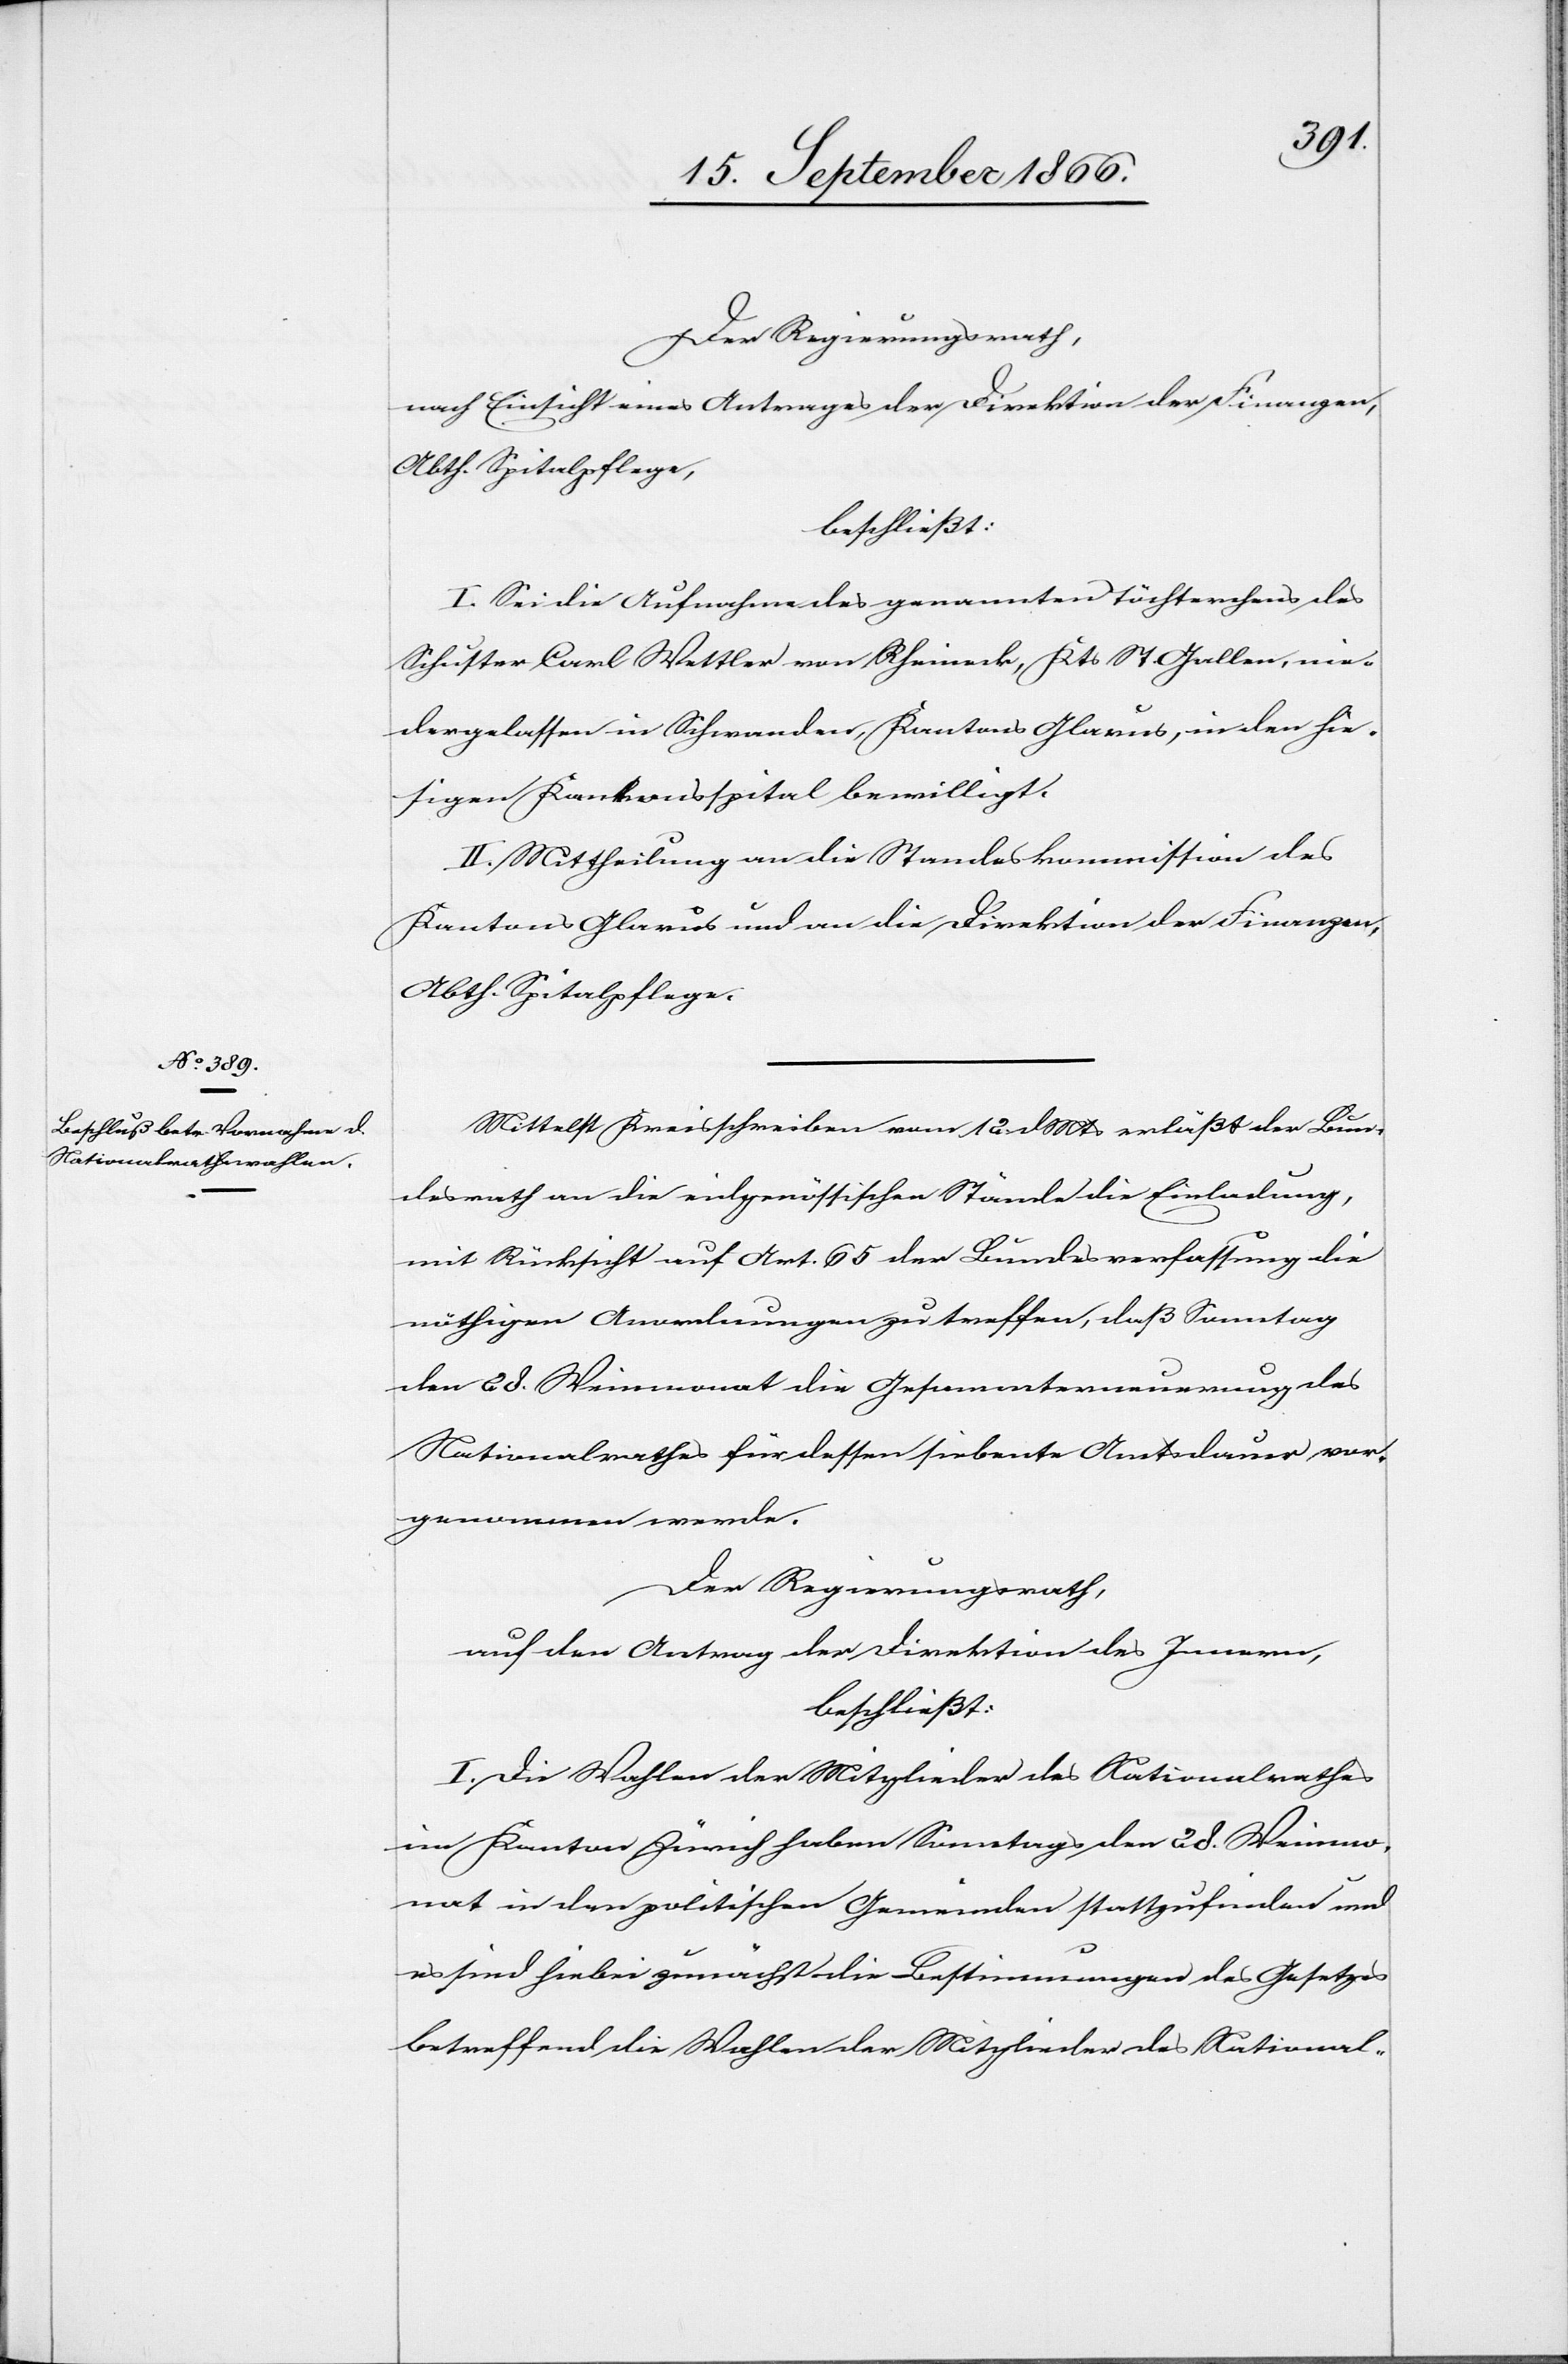
Der Regierungsrath,
nach Einsicht eines Antrages der Direktion der Finanzen,
Abth. Spitalpflege,
beschließt:
I. Sei die Aufnahme des genannten Töchterchens des
Schuster Carl Wettler von Rheineck, Kts. St. Gallen, nie¬
dergelassen in Schwanden, Kantons Glarus, in den hie¬
sigen Kantonsspital bewilligt.
II. Mittheilung an die Standeskommission des
Kantons Glarus und an die Direktion der Finanzen,
Abth. Spitalpflege.
Mittelst Kreisschreiben vom 12. dMts erläßt der Bun¬
desrath an die eidgenössischen Stände die Einladung,
mit Rücksicht auf Art. 65 der Bundesverfassung die
nöthigen Anordnungen zu treffen, daß Sonntag
den 28. Weinmonat die Gesammterneuerung des
Nationalrathes für dessen siebente Amtsdauer vor¬
genommen werde.
Der Regierungsrath,
auf Antrag der Direktion des Innern,
beschließt:
I. Die Wahlen der Mitglieder des Nationalrathes
im Kanton Zürich haben Sonntags den 28. Weinmo¬
nat in den politischen Gemeinden stattzufinden und
es sind hiebei zunächst die Bestimmungen des Gesetzes
betreffend die Wahlen der Mitglieder des National-